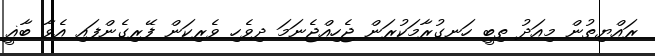
ރައްޔިތުން މިއަދު ތިބީ ހަނގުރާމަކުރަން ޖެހިއްޖެނަމަ ދިވެހި ވެރިކަން ފޭރިގެންފައި އެވާ ބާޣީ